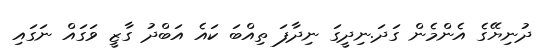
ދުނިޔޭގެ އެންމެން ގަދަ.ނިދީގަ ނިދާފަ ތިއްބަ ކައެ އަބްދު ގާޒީ ވަގައް ނަގައި